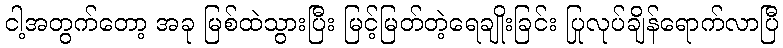
ငါ့အတွက်တော့ အခု မြစ်ထဲသွားပြီး မြင့်မြတ်တဲ့ရေချိုးခြင်း ပြုလုပ်ချိန်ရောက်လာပြီ